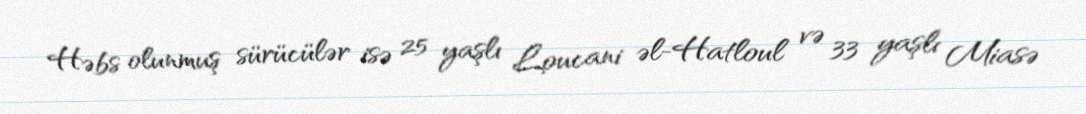
Həbs olunmuş sürücülər isə 25 yaşlı Loucani əl-Hatloul və 33 yaşlı Miasə